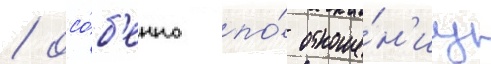
/ осо́б'енно по́ отноше́н'иу